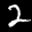
Label: 2